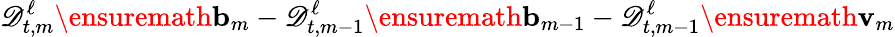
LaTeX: \mathscr{D}_{t,m}^{\ell}\ensuremath{\mathbf{b}}_{m}-\mathscr{D}_{t,m-1}^{\ell}\ensuremath{\mathbf{b}}_{m-1}-\mathscr{D}_{t,m-1}^{\ell}\ensuremath{\mathbf{v}}_{m}